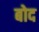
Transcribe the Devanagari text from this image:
बोद